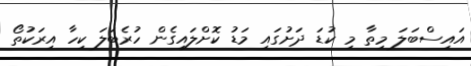
އައިސްބަލަ މިތާ މި ކުޑަ ދަށުގައި މަޑު ކޮށްލައިގެން ހުރެބަލަ ކިހާ އިރަކުތޯ